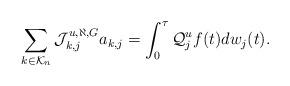
LaTeX: \begin{align*}\sum_{k\in\mathcal{K}_n} \mathcal{J}^{u,\aleph,G}_{k,j} a_{k,j}= \int^{\tau}_0 \mathcal{Q}^u_j f(t)dw_j(t).\end{align*}